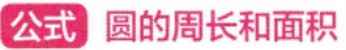
公式 圆的周长和面积